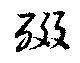
醊